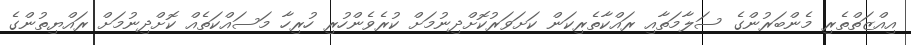
އިއްޒަތްތެރި މެންބަރުންގެ ސަލާމަތާއި ރައްކާތެރިކަން ކަށަވަރުކޮށްދިނުމަށް ކުރެވެންހުރި ހުރިހާ މަސައްކަތެއް ކޮށްދިނުމަށް ރައްޔިތުންގެ